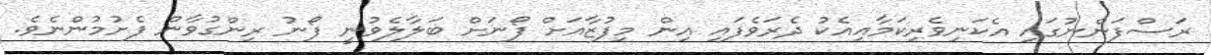
ރަސްފަންނުގައި އެކަނިވެރިކަމާއިއެކު ދެރަވެފައި އިން މިފުޒާާއަށް ފޯނަށް ބަލާލެވުނީ ފޯނު ރިންގުވާން ފެށުމުންނެވެ.